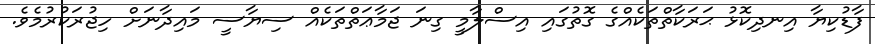
ފާޑުކިޔާ އިނދިކޮޅު ޙަރަކާތްތަކެއްގެ ގޮތުގައި އިސްލާމީ ގިނަ ޖަމާޢަތްތަކެއް ސިޔާސީ މައިދާނަށް ހިޖުރަކުރުމެވެ.